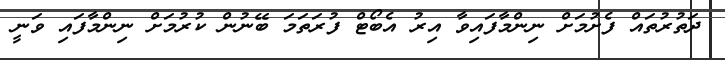
ދަތުރުތައް ފެށުމަށް ނިންމާފައިވާ އިރު އެބޯޓް ފުރަތަމަ ބޭނުން ކުރުމަށް ނިންމާފައި ވަނީ